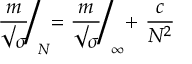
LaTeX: { \frac { m } { \surd \sigma } } \Biggl / _ { \! N } = { \frac { m } { \surd \sigma } } \Biggl / _ { \! \infty } + \ { \frac { c } { N ^ { 2 } } }